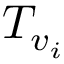
{ \cal T } _ { v _ { i } }